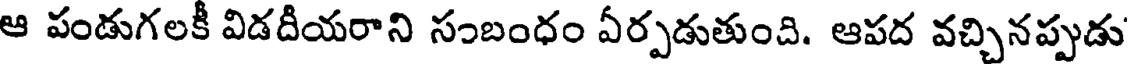
ఆ పండుగలకీ విడదీయరాని సంబంధం ఏర్పడుతుంది. ఆపద వచ్చినప్పుడు